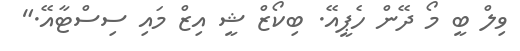
ވިލް ބީ މޯ ދޭން ހެޕީއޭ. ބިކޯޒް ޝީ އިޒް މައި ސިސްޓާއޭ."